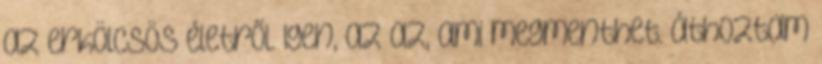
az erkölcsös életről. Igen, az az, ami megmenthet. áthoztam